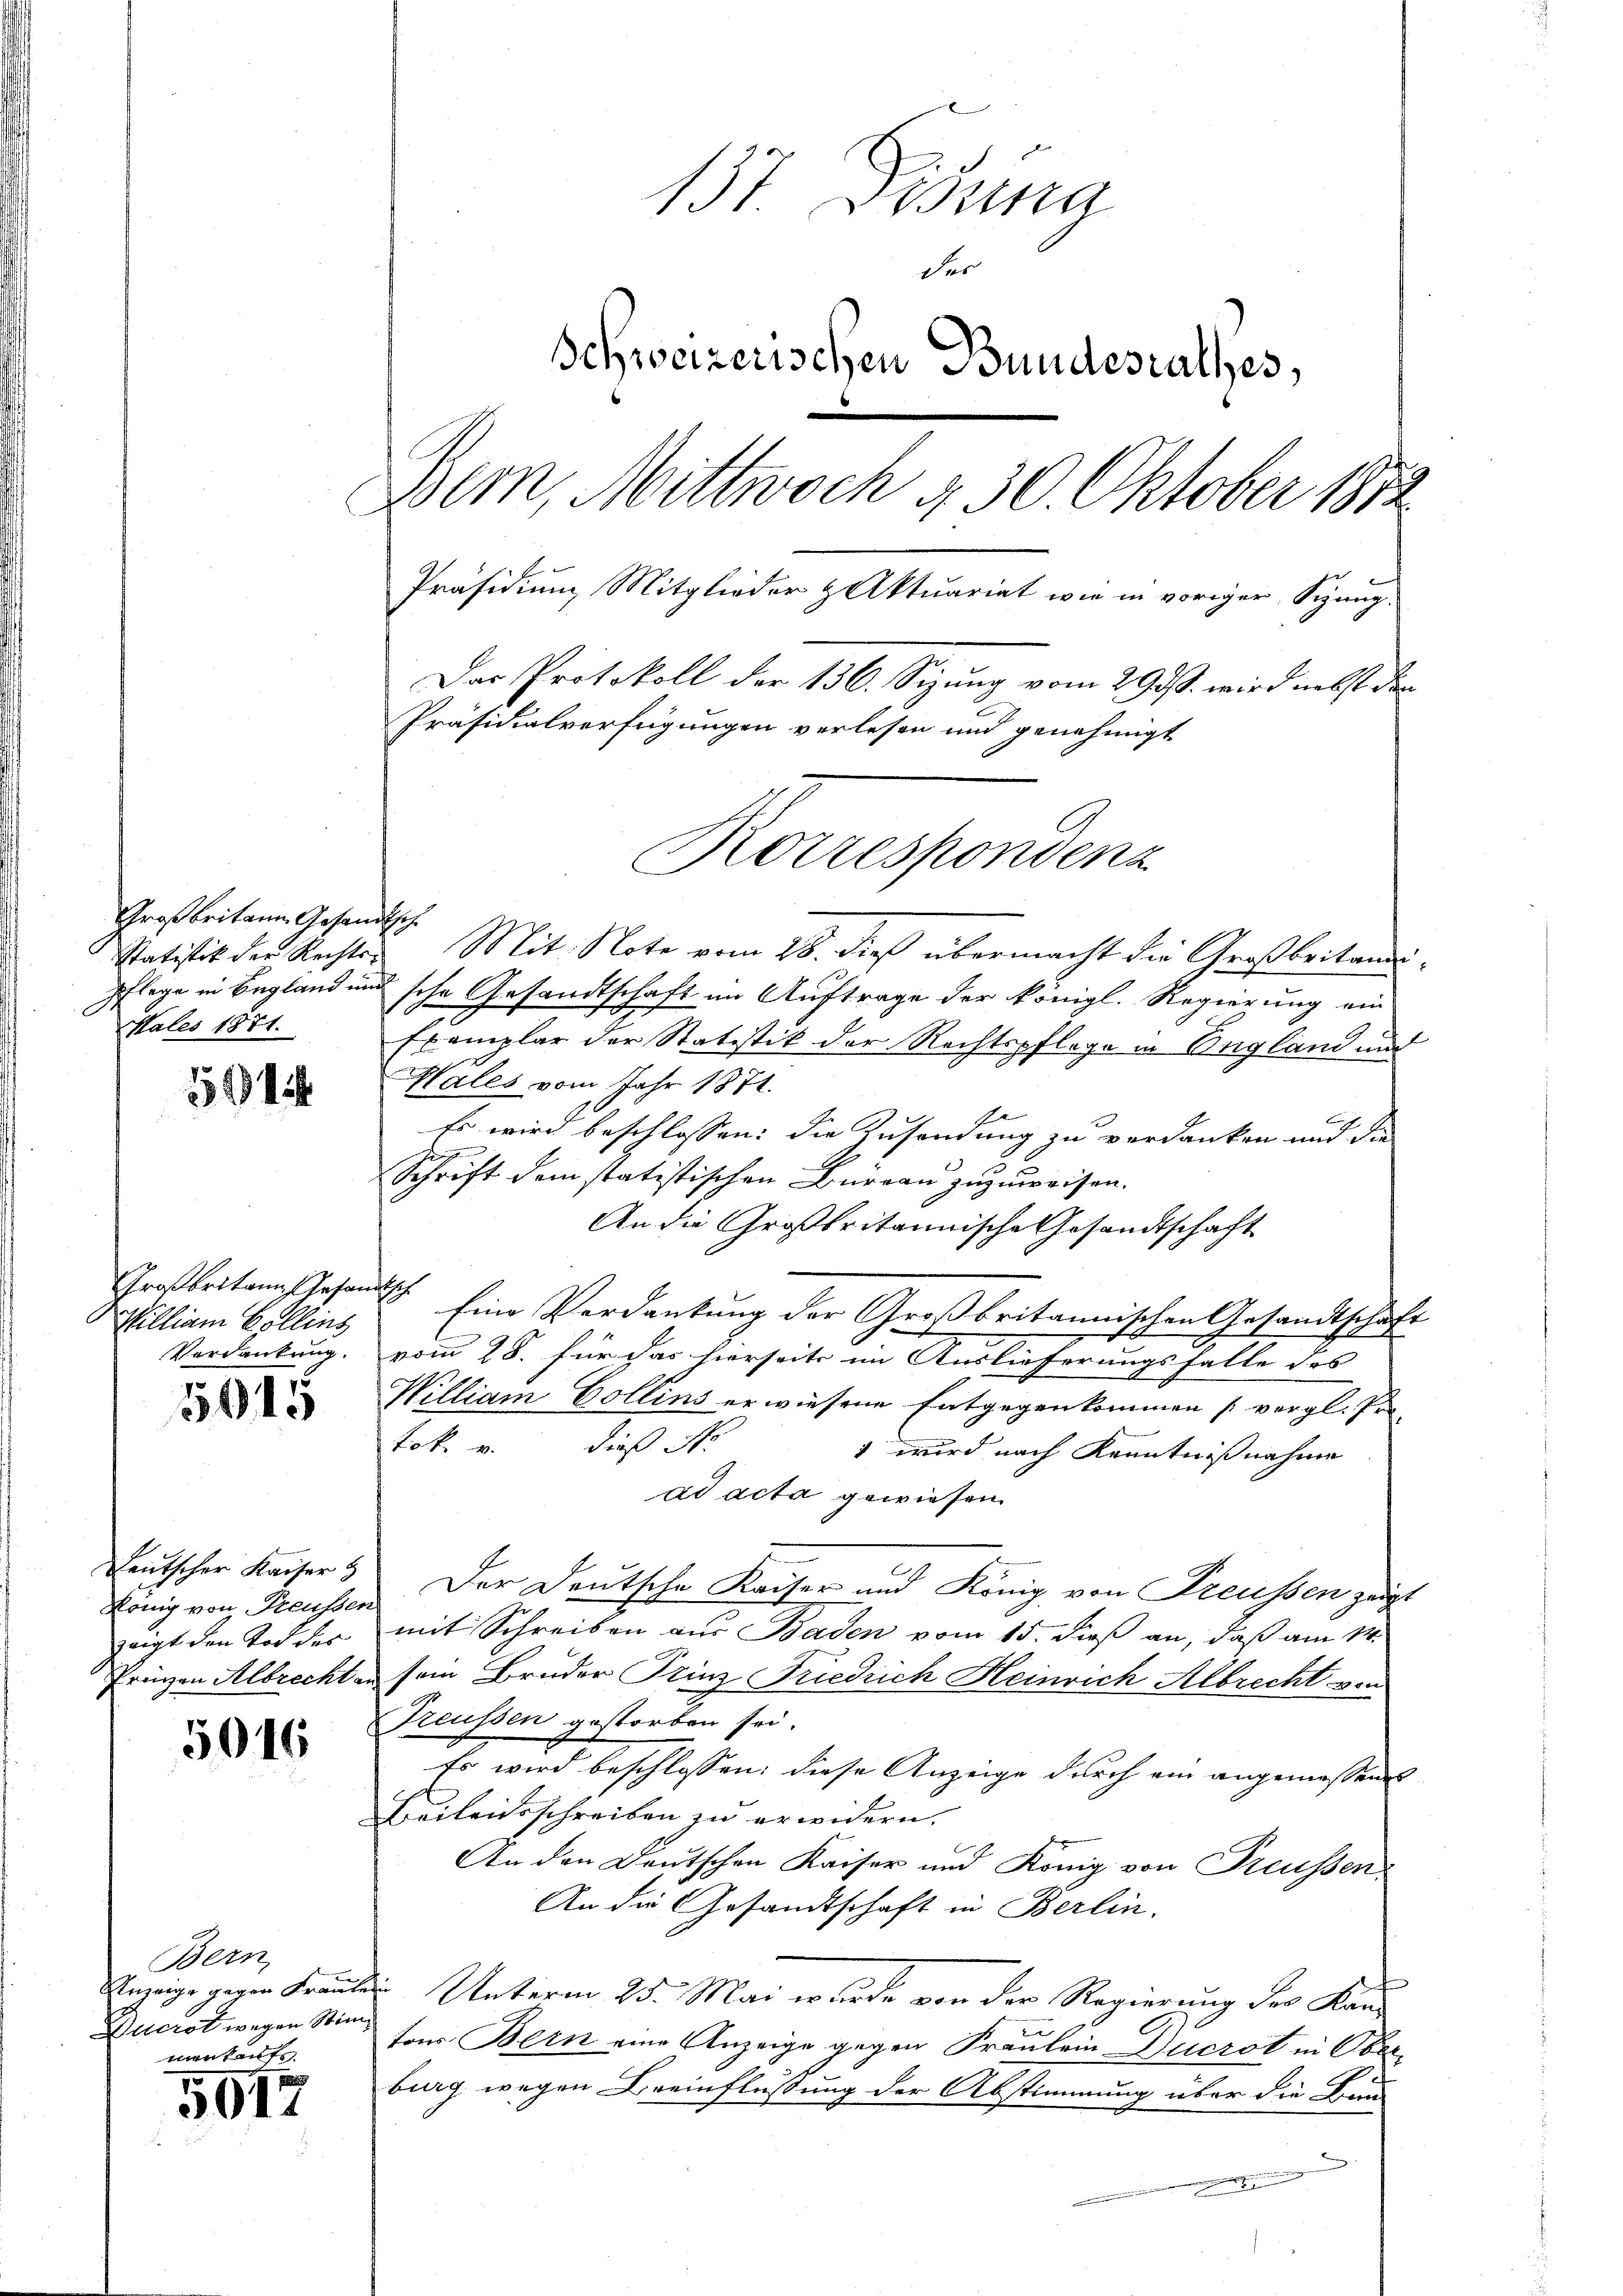
Großbritann Gesam
Statistik der Rechts-
Pflege in England im
Males 1871.

159

Großbritann Gesand
Milliam Collins
Verdankung.

5015

Leutscher Kaiser
König von Preusser
zeigt den Tod der
Frinzen Albrecht

5016

Bern,
Anzeige gegen Frauke
Ducrot wegen Stimmenkauf

5017

137 Pissna
der
Schweizerischen Bundesrathes,
Bem, Mittwoch § 30 Oktober 1872
Präsidium Mitglieder & Aktuariat wie in voriger Sizang¬
Das Protokoll der 136. Sizung vom 29 d. wird nebst die
Präsidialverfügungen verlesen und genehmigt

Korrespondenz

s
3 Mit Note vom 28. dieß übermacht die Großbritandsche Gesandtschaft im Auftrage der königl. Regierung ein
Exemplar der Statistik der Rechtspflege in England und
Hales vom Jahr 1871.
Es wird beschlossen: die Zusendung zu verdanken und die
Schrift dem statistischen Büreau zuzuweisen.
An die Großbritannische Gesandtschaft
f
Eine Verdankung der Großbritannischen Gesandtschaft
vom 28. für das hierseits im Auslieferungsfalle des
William Collins erwiesene Entgegenkommen (vergl. Pro
tok. u. dieß Nr.
1 wird nach Kenntnißnahme
ad acta gewiesen.
Der Deutsche Kaiser und König von Freussen zeigt
mit Schreiben aus Baden vom 15. dieß an, daß am 14.
sem Bruder Prinz Friedrich Heinrich Albrecht von
Treussen gestorben sei.
Es wird beschlossen: diese Anzeige durch ein angemessenes
Freiheitsschreiben zu erwidern,
An den Deutschen Kaiser und König von Preussen
An die Gesandtschaft in Berlin.
Unterm 25. Mai wurde von der Regierung des Kantons Bern eine Anzeige gegen Fräulein Duczot in Ober-
burg wegen Beeinflüssung der Abstimmung über die Bun